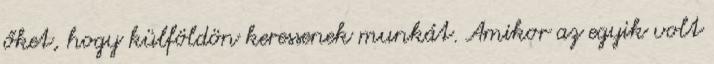
őket, hogy külföldön keressenek munkát. Amikor az egyik volt